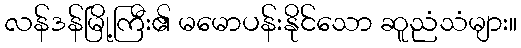
လန်ဒန်မြို့ကြီး၏ မမောပန်းနိုင်သော ဆူညံသံများ။